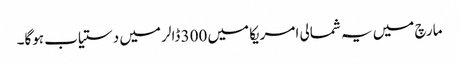
مارچ میں یہ شمالی امریکا میں 300 ڈالر میں دستیاب ہوگا۔